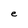
Character: e